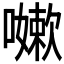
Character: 𭋯